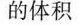
的体积